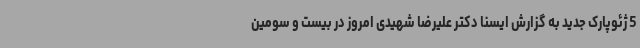
5 ژئوپارک جدید به گزارش ایسنا دکتر علیرضا شهیدی امروز در بیست و سومین